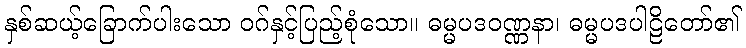
နှစ်ဆယ့်ခြောက်ပါးသော ဝဂ်နှင့်ပြည့်စုံသော။ ဓမ္မပဒဝဏ္ဏနာ၊ ဓမ္မပဒပါဠိတော်၏